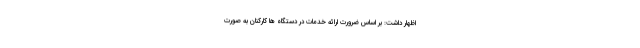
اظهار داشت: بر اساس ضرورت ارائه خدمات در دستگاه ها کارکنان به صورت